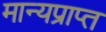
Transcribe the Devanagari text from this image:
मान्यप्राप्त